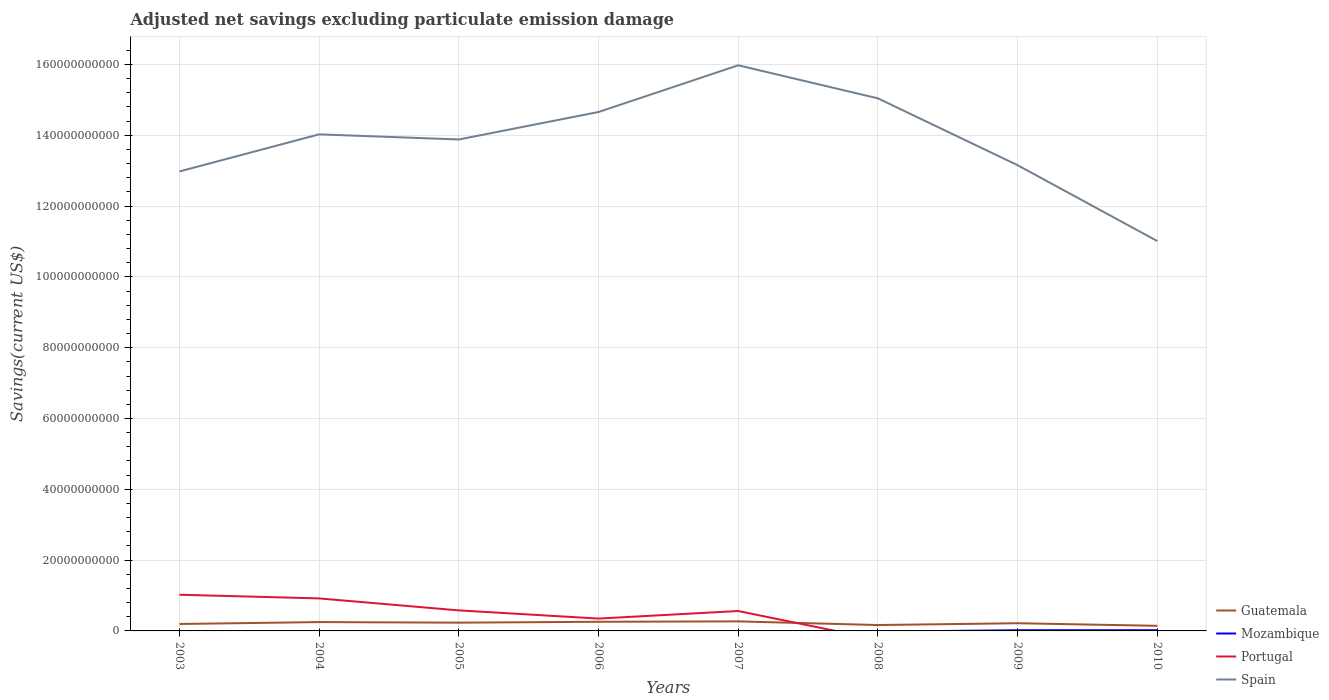
| Years | Guatemala | Mozambique | Portugal | Spain |
 | --- | --- | --- | --- | --- |
 | 2003 | 1.96e+09 | -2.54e+08 | 1.02e+10 | 1.3e+11 |
 | 2004 | 2.5e+09 | -1.12e+08 | 9.18e+09 | 1.4e+11 |
 | 2005 | 2.33e+09 | -2.24e+08 | 5.8e+09 | 1.39e+11 |
 | 2006 | 2.59e+09 | -2.99e+08 | 3.49e+09 | 1.47e+11 |
 | 2007 | 2.69e+09 | -1.49e+08 | 5.62e+09 | 1.6e+11 |
 | 2008 | 1.66e+09 | -1.99e+08 | -2.45e+09 | 1.5e+11 |
 | 2009 | 2.17e+09 | 1.98e+08 | -1.18e+09 | 1.32e+11 |
 | 2010 | 1.44e+09 | 2.04e+08 | -1.73e+09 | 1.1e+11 |